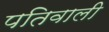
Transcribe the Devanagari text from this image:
पतिवाली